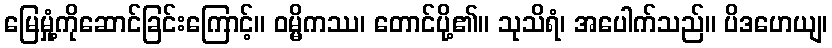
မြေမှုံ့ကိုဆောင်ခြင်းကြောင့်။ ဝမ္မိကဿ၊ တောင်ပို့၏။ သုသိရံ၊ အပေါက်သည်။ ပိဒဟေယျ၊